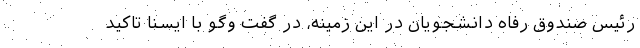
رئیس صندوق رفاه دانشجویان در این زمینه، در گفت وگو با ایسنا تاکید